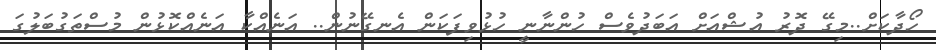
ހޯދާކަށް..މިގޭ ދޮރު އުޝްއަށް އަބަދުވެސް ހުންނާނީ ހުޅުވިފަކަން އެނގޭނުން.. އަނެއްކާ އަނެއްކޮޅުން މުސްތަގުބަލުގަ